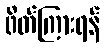
ဖိတ်ကြားရန်